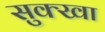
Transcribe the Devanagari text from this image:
सुक्खा